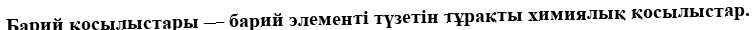
Барий қосылыстары — барий элементі түзетін тұрақты химиялық қосылыстар.